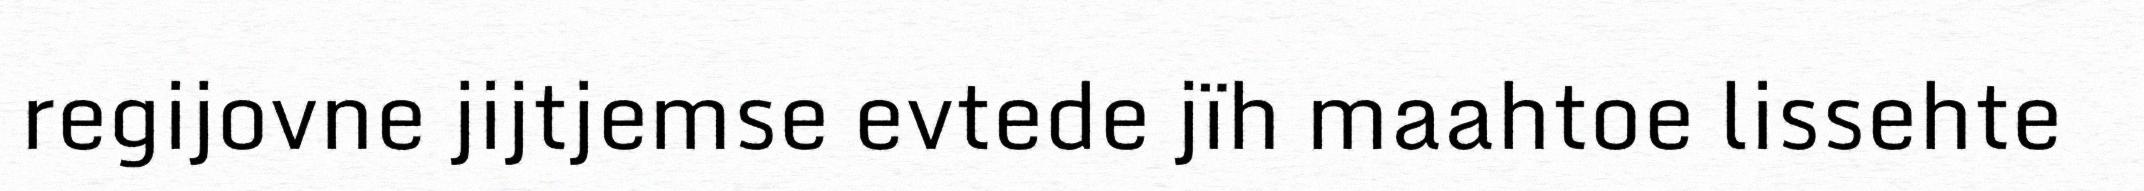
regijovne jijtjemse evtede jïh maahtoe lissehte